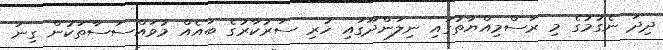
ދިދަ ނެގުމުގެ މި ރަސްމިއްޔާތުގައި ނިލަންދޫގައި ހުރި ސަރުކާރުގެ ބައެއް މުވައްސަސާތަކުން ގިނަ